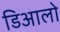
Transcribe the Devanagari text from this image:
डिआलो